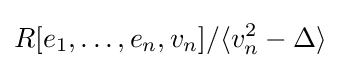
R[e_{1},\dots ,e_{n},v_{n}]/\langle v_{n}^{2}-\Delta \rangle